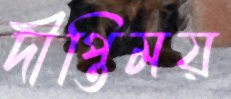
দীপ্তিময়